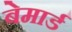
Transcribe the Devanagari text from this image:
बेमार्ड